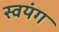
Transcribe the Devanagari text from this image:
स्वयंग